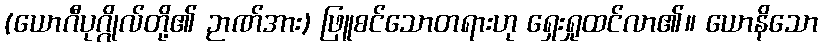
(ယောဂီပုဂ္ဂိုလ်တို့၏ ဉာဏ်အား) ဖြူစင်သောတရားဟု ရှေးရှုထင်လာ၏။ ယောနိသော